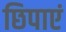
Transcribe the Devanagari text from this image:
छिपाएं